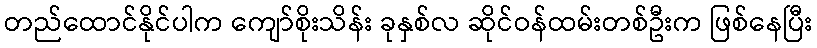
တည်ထောင်နိုင်ပါက ကျော်စိုးသိန်း ခုနှစ်လ ဆိုင်ဝန်ထမ်းတစ်ဦးက ဖြစ်နေပြီး